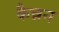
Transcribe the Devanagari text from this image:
कैन्नन